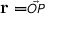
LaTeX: \mathbf { r } = \scriptstyle { \vec { O P } }